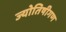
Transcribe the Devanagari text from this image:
ज्योतिषीगण